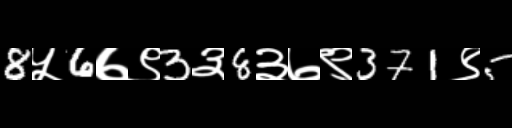
Text: 8५6७९3३8३७९371९5